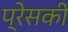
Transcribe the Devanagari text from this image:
प्रेसकी